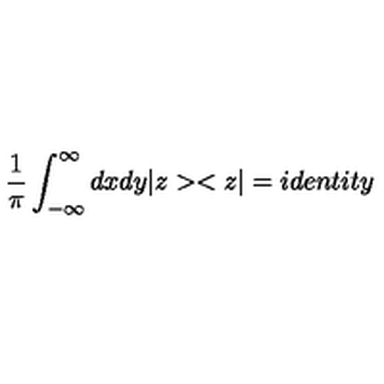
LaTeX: \frac { 1 } { \pi } \int _ { - \infty } ^ { \infty } d x d y | z > < z | = i d e n t i t y